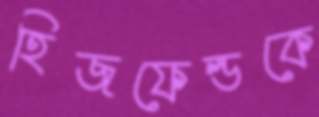
হিজফেল্ডকে